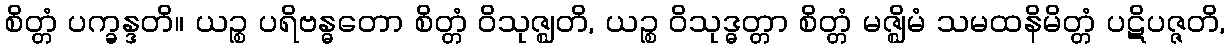
စိတ္တံ ပက္ခန္ဒတိ။ ယဉ္စ ပရိဗန္ဓတော စိတ္တံ ဝိသုဇ္ဈတိ, ယဉ္စ ဝိသုဒ္ဓတ္တာ စိတ္တံ မဇ္ဈိမံ သမထနိမိတ္တံ ပဋိပဇ္ဇတိ,